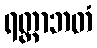
ရတ္တာဘတံ